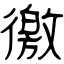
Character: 徼